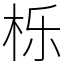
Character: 栎